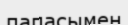
папасымен